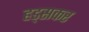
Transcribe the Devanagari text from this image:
हड्सकर